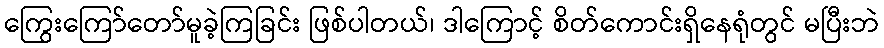
ကြွေးကြော်တော်မူခဲ့ကြခြင်း ဖြစ်ပါတယ်၊ ဒါကြောင့် စိတ်ကောင်းရှိနေရုံတွင် မပြီးဘဲ